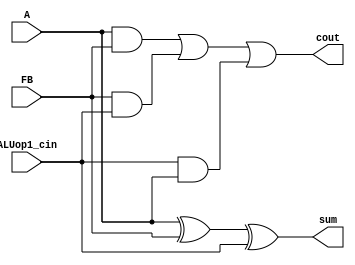
`timescale 1ns / 1ps
//////////////////////////////////////////////////////////////////////////////////
// Module Name:    FullAdder1bit
//////////////////////////////////////////////////////////////////////////////////
module FullAdder1bit(
    input A,FB,ALUop1_cin,
    output sum,cout
    );
assign sum=A^FB^ALUop1_cin;
assign cout=A&FB|FB&ALUop1_cin|ALUop1_cin&A;

endmodule